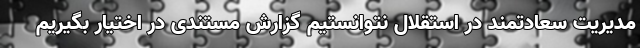
مدیریت سعادتمند در استقلال نتوانستیم گزارش مستندی در اختیار بگیریم